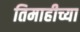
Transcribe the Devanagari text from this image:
तिमाहीच्या